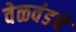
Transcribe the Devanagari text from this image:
वेळवंडचे